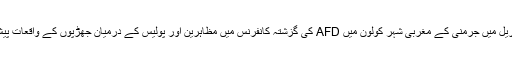
رواں سال اپریل میں جرمنی کے مغربی شہر کولون میں AFD کی گزشتہ کانفرنس میں مظاہرین اور پولیس کے درمیان جھڑپوں کے واقعات پیش آئے تھے۔